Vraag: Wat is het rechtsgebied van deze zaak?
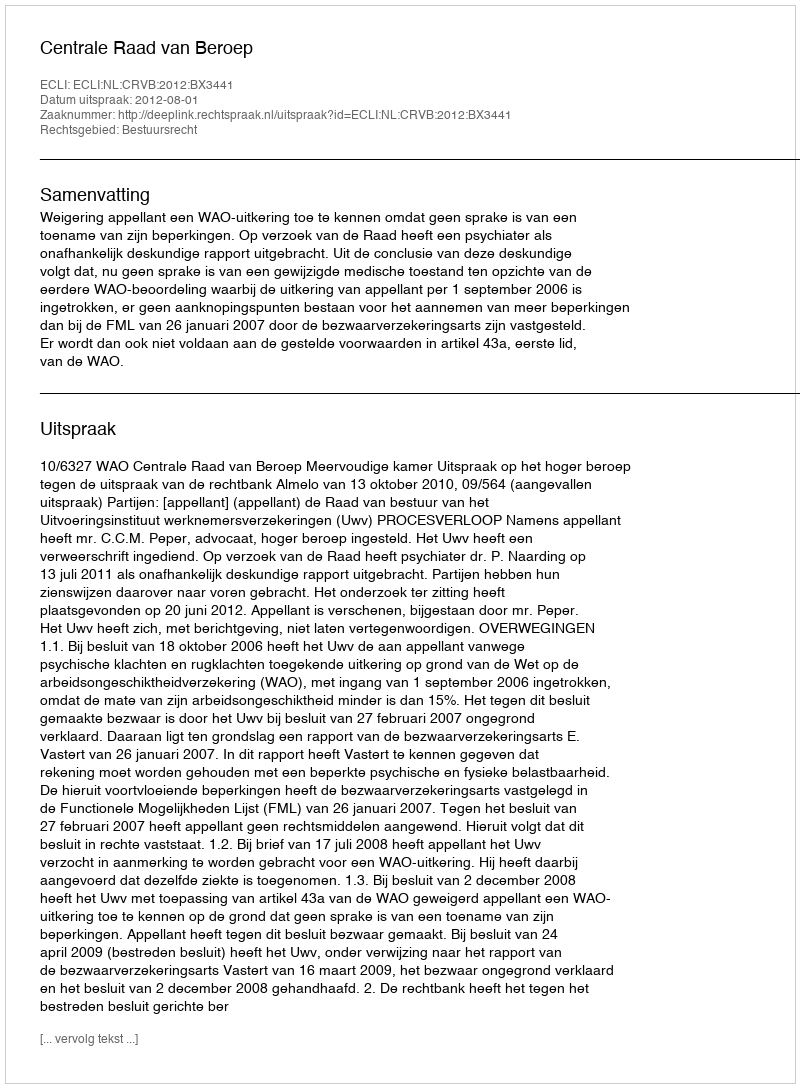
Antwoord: Bestuursrecht